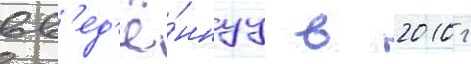
вв'ед'ё́ннуу в 2010 г